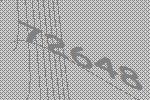
72648